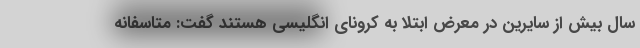
سال بیش از سایرین در معرض ابتلا به کرونای انگلیسی هستند گفت: متاسفانه